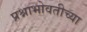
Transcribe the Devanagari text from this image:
प्रश्नाभोवतीच्या